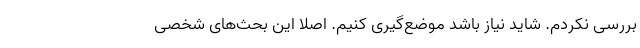
بررسی نکردم. شاید نیاز باشد موضع‌گیری کنیم. اصلا این بحث‌های شخصی